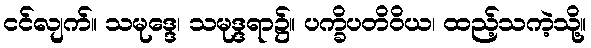
ငင်လျက်။ သမုဒ္ဒေ၊ သမုဒ္ဒရာ၌။ ပက္ခိပတိဝိယ၊ ထည့်သကဲ့သို့။